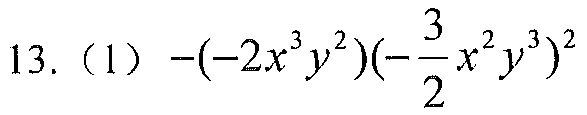
13.（1）\(-(-2x^{3}y^{2})(-\frac{3}{2}x^{2}y^{3})^{2}\)